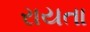
રાયતા